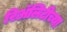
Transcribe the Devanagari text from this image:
रिॲलिटीच्या